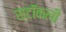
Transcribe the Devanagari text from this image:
स्टॉकली